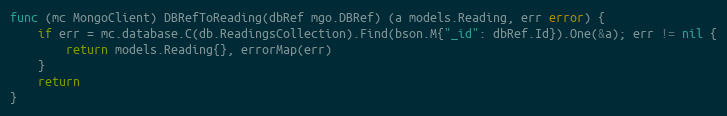
Language: Go
func (mc MongoClient) DBRefToReading(dbRef mgo.DBRef) (a models.Reading, err error) {
	if err = mc.database.C(db.ReadingsCollection).Find(bson.M{"_id": dbRef.Id}).One(&a); err != nil {
		return models.Reading{}, errorMap(err)
	}
	return
}